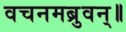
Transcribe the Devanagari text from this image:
वचनमब्रुवन्॥